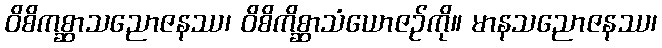
ဝိစိကစ္ဆာသညောဇနဿ၊ ဝိစိကိစ္ဆာသံယောဇဉ်ကို။ မာနသညောဇနဿ၊